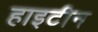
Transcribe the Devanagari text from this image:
हाइटीन